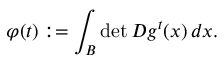
\varphi ( t ) : = \int _ { B } \operatorname* { d e t } D g ^ { t } ( x ) \, d x .